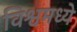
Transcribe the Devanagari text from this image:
विश्वमध्ये